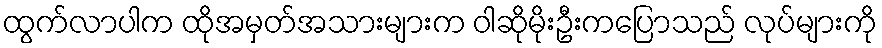
ထွက်လာပါက ထိုအမှတ်အသားများက ဝါဆိုမိုးဦးကပြောသည် လုပ်များကို